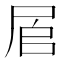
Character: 𱚷